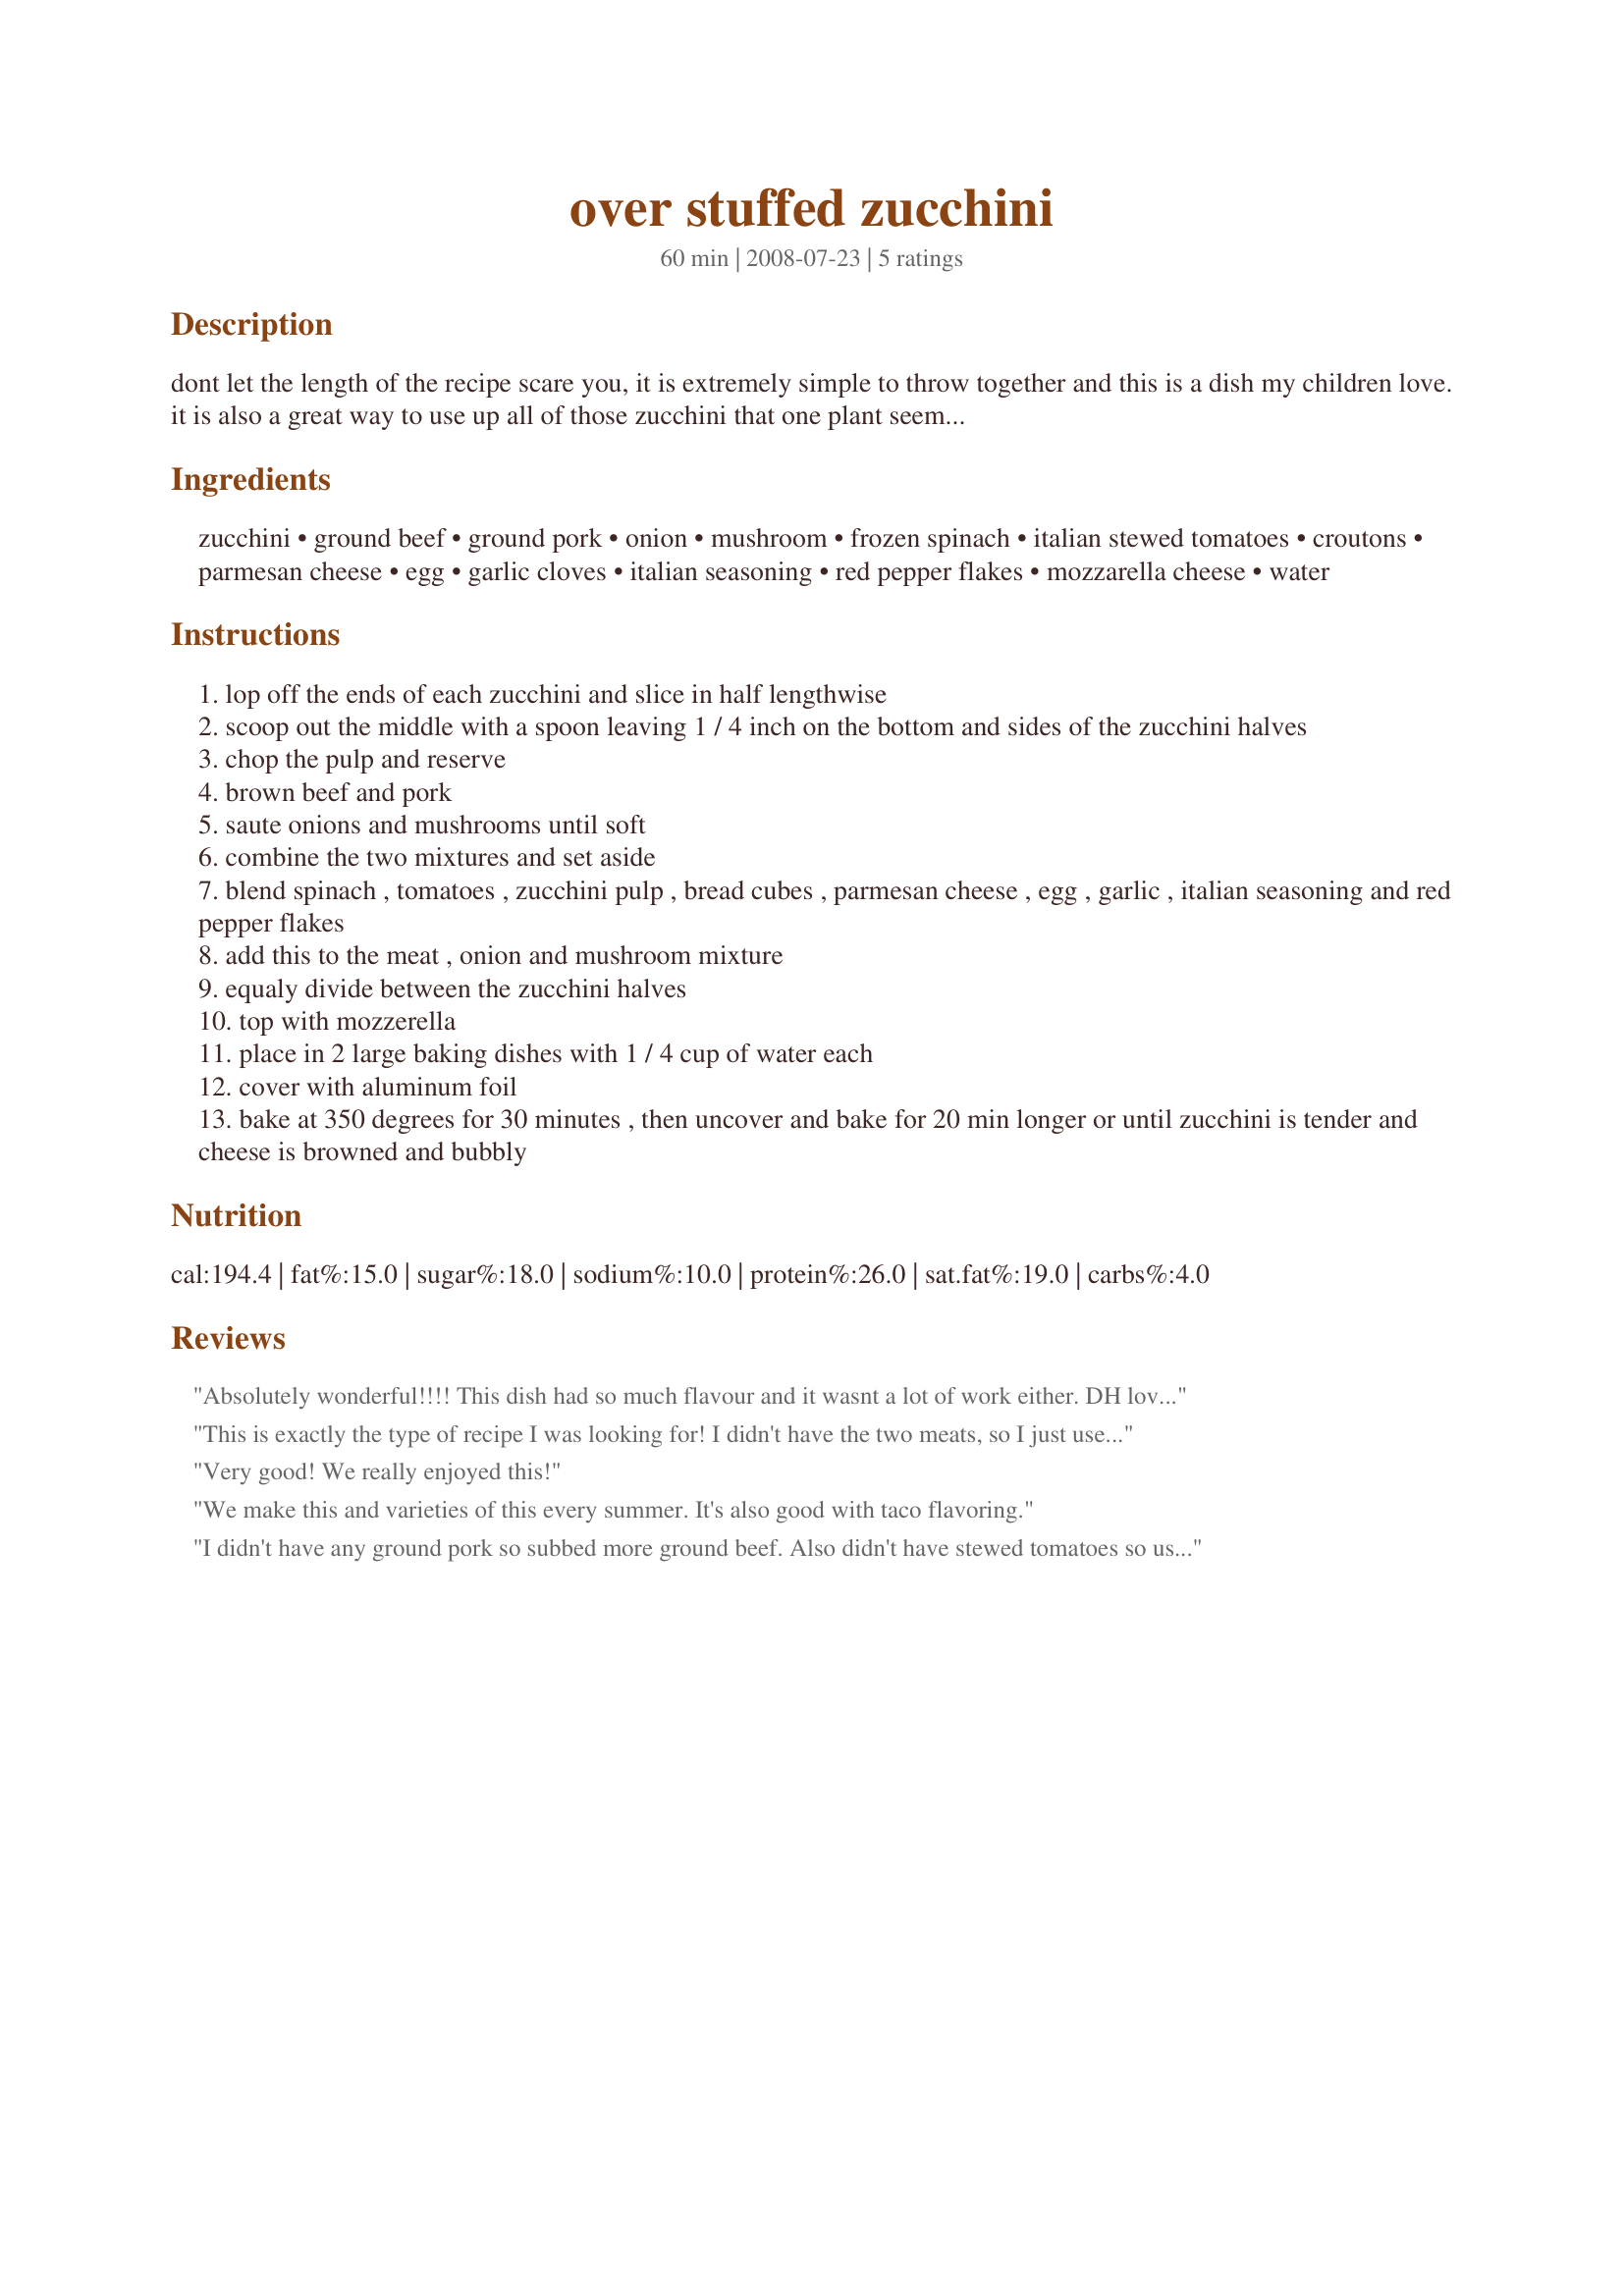
over stuffed zucchini
Preparation time: 60 minutes

dont let the length of the recipe scare you, it is extremely simple to throw together and this is a dish my children love. it is also a great way to use up all of those zucchini that one plant seemed to have made this summer :)

Ingredients:
zucchini, ground beef, ground pork, onion, mushroom, frozen spinach, italian stewed tomatoes, croutons, parmesan cheese, egg, garlic cloves, italian seasoning, red pepper flakes, mozzarella cheese, water

Steps:
lop off the ends of each zucchini and slice in half lengthwise
scoop out the middle with a spoon leaving 1 / 4 inch on the bottom and sides of the zucchini halves
chop the pulp and reserve
brown beef and pork
saute onions and mushrooms until soft
combine the two mixtures and set aside
blend spinach , tomatoes , zucchini pulp , bread cubes , parmesan cheese , egg , garlic , italian seasoning and red pepper flakes
add this to the meat , onion and mushroom mixture
equaly divide between the zucchini halves
top with mozzerella
place in 2 large baking dishes with 1 / 4 cup of water each
cover with aluminum foil
bake at 350 degrees for 30 minutes , then uncover and bake for 20 min longer or until zucchini is tender and cheese is browned and bubbly

Reviews:
Absolutely wonderful!!!! This dish had so much flavour and it wasnt a lot of work either. DH loved it and complimented 3 times during the meal. I did have some minor changes .... one due to a mombo zucchini that was a foot long and as round as a softball for the record this recipe stuffed it perfectly! I used mild italian sausage in place of pork because it was the same price and I had no italian seasoning. Diced tomatoes were on sale so again since I had no italian stewed I added 1/3 tsp of dried thyme, 1/2 tsp of dried basil and 1/4 cup of chopped freash parsley. No croutons so I chopped multi-grain bread in small cubes and toasted at 200 for 30 min. Due to the size of the zucchini I tried 30 min at 300 but not much luck so I increased time to 350 and did another 30 min then uncovered for 20 min. I knew that would be an issue though. Will make this many times, even thinking of doing some to freeze. Thanks
This is exactly the type of recipe I was looking for! I didn't have the two meats, so I just used a bit of bacon instead and it was really delicious. Thank you for posting this recipe.
Very good! We really enjoyed this!
We make this and varieties of this every summer. It's also good with taco flavoring.
I didn't have any ground pork so subbed more ground beef. Also didn't have stewed tomatoes so used diced with chili's then added some fresh herbs and Worcestershire sauce. Very good!
